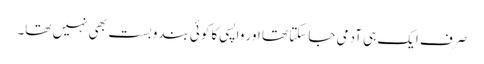
صرف ایک ہی آدمی جا سکتا تھا اور واپسی کا کوئی بندوبست بھی نہیں تھا۔